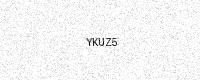
Text: YKUZ5